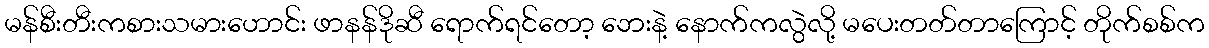
မန်စီးတီးကစားသမားဟောင်း ဖာနန်ဒိုဆီ ရောက်ရင်တော့ ဘေးနဲ့ နောက်ကလွဲလို့ မပေးတတ်တာကြောင့် တိုက်စစ်က